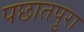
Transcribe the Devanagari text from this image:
पछातपुरा